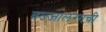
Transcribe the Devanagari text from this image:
वज्‍जालग्गची